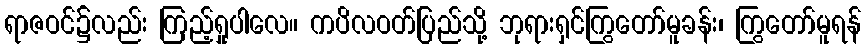
ရာဇဝင်၌လည်း ကြည့်ရှုပါလေ။ ကပိလဝတ်ပြည်သို့ ဘုရားရှင်ကြွတော်မူခန်း၊ ကြွတော်မူရန်